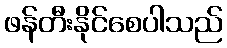
ဖန်တီးနိုင်စေပါသည်